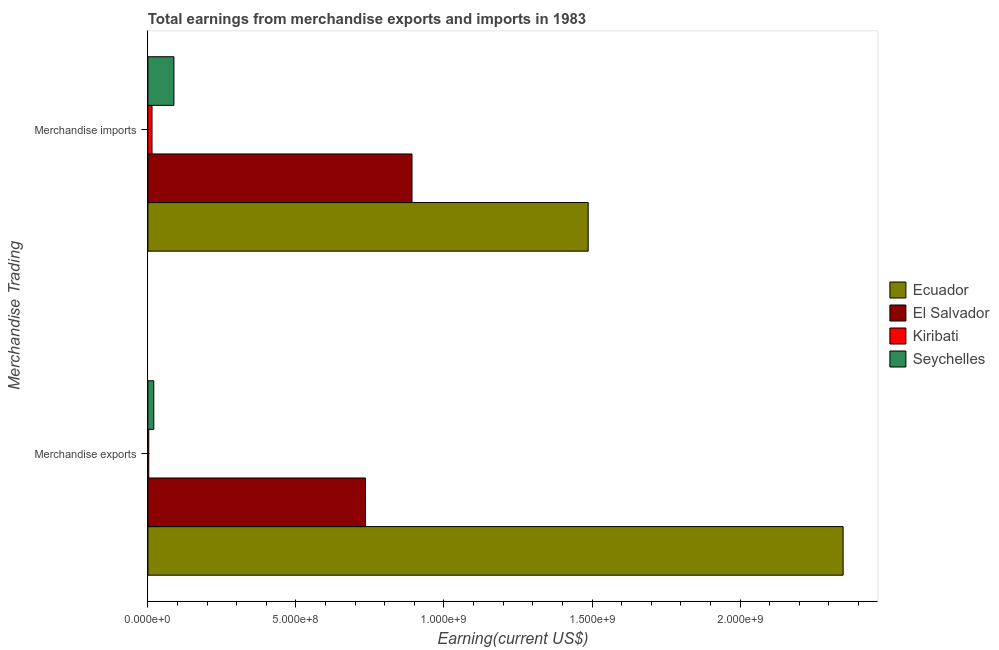
| Merchandise Trading | Ecuador | El Salvador | Kiribati | Seychelles |
 | --- | --- | --- | --- | --- |
 | Merchandise exports | 2.35e+09 | 7.35e+08 | 3e+06 | 2e+07 |
 | Merchandise imports | 1.49e+09 | 8.92e+08 | 1.4e+07 | 8.8e+07 |